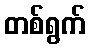
တစ်ရွက်